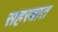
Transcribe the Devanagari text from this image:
सहस्त्रात